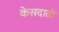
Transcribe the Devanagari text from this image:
केसदाढी